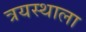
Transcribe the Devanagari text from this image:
त्रयस्थाला